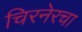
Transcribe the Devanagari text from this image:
चिरनेरचा